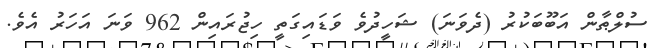
ސުލްޠާން އަބޫބަކުރު (ދެވަނަ) ޝަހީދުވެ ވަޑައިގަތީ ހިޖުރައިން 962 ވަނަ އަހަރު އެވެ.